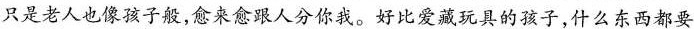
只是老人也像孩子般，愈来愈跟人分你我。好比爱藏玩具的孩子，什么东西都要